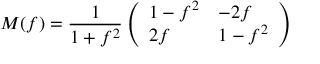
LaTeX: M ( f ) = \frac { 1 } { 1 + f ^ { 2 } } \left( \begin{array} { l l } { { 1 - f ^ { 2 } } } & { { - 2 f } } \\ { { 2 f } } & { { 1 - f ^ { 2 } } } \end{array} \right)